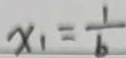
x _ { 1 } = \frac { 1 } { b }